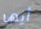
أيها